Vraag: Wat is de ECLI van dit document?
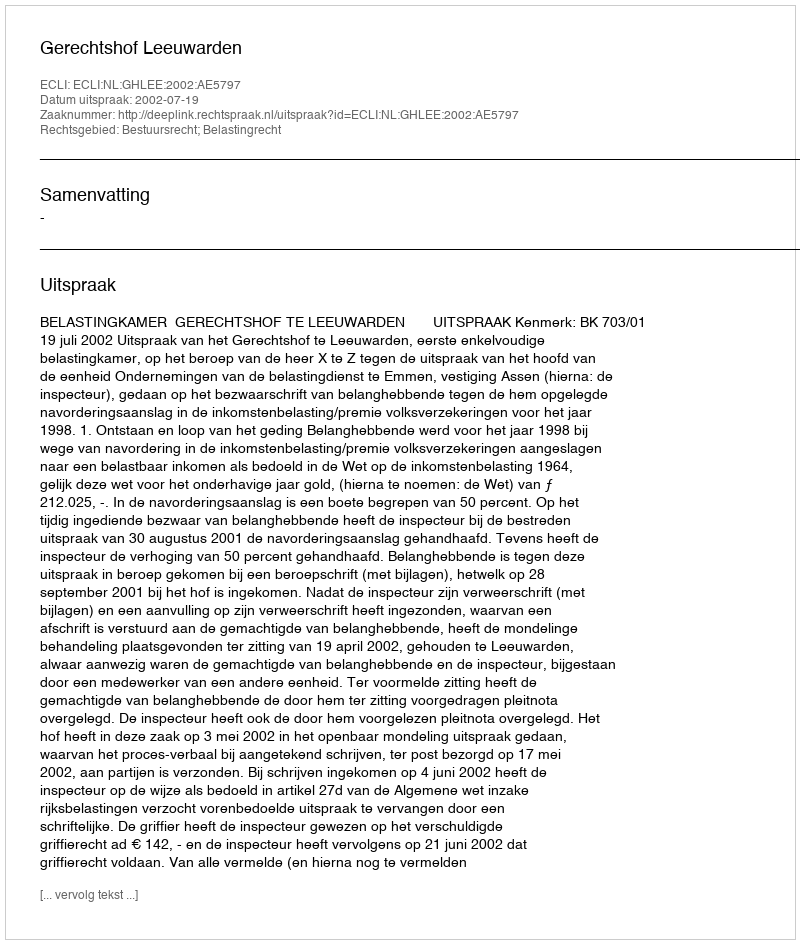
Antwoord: ECLI:NL:GHLEE:2002:AE5797